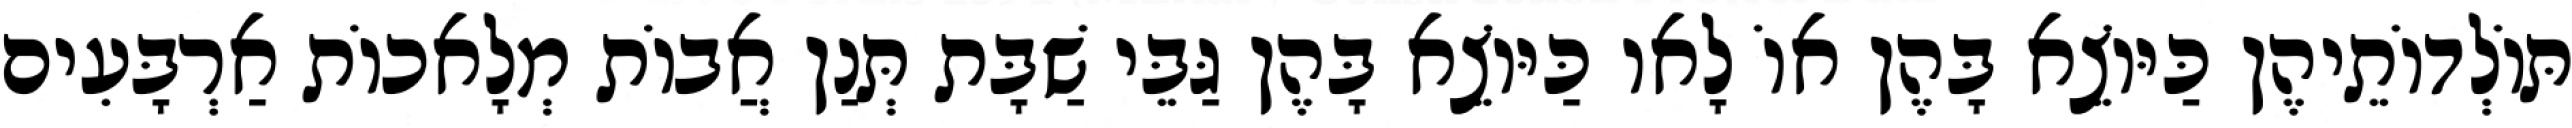
תּוֹלְדוֹתֵיהֶן כַּיּוֹצֵא בָּהֶן אוֹ לָאו כַּיּוֹצֵא בָּהֶן גַּבֵּי שַׁבָּת תְּנַן אֲבוֹת מְלָאכוֹת אַרְבָּעִים